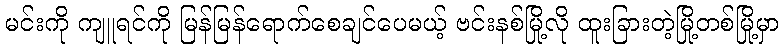
မင်းကို ကျူရင်ကို မြန်မြန်ရောက်စေချင်ပေမယ့် ဗင်းနစ်မြို့လို ထူးခြားတဲ့မြို့တစ်မြို့မှာ